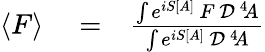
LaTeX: \begin{array}{rlr}{\langle F\rangle}&{{}=}&{{\frac{\int e^{iS[A]}\, F\, {\cal D}^{\, 4}\! A}{\int e^{iS[A]}\, {\cal D}^{\, 4}\! A}}}\end{array}